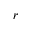
_ r